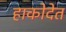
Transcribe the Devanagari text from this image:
हाकोदेत